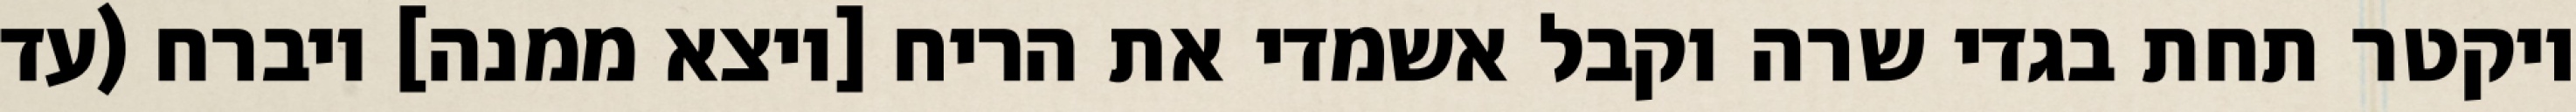
ויקטר תחת בגדי שרה וקבל אשמדי את הריח [ויצא ממנה] ויברח (עד